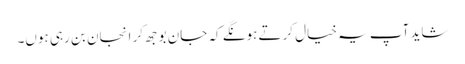
شاید آپ یہ خیال کرتے ہونگے کہ جان بوجھ کر انجان بن رہی ہوں۔